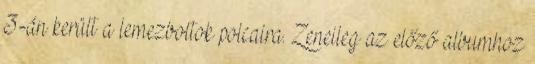
3-án került a lemezboltok polcaira. Zeneileg az előző albumhoz